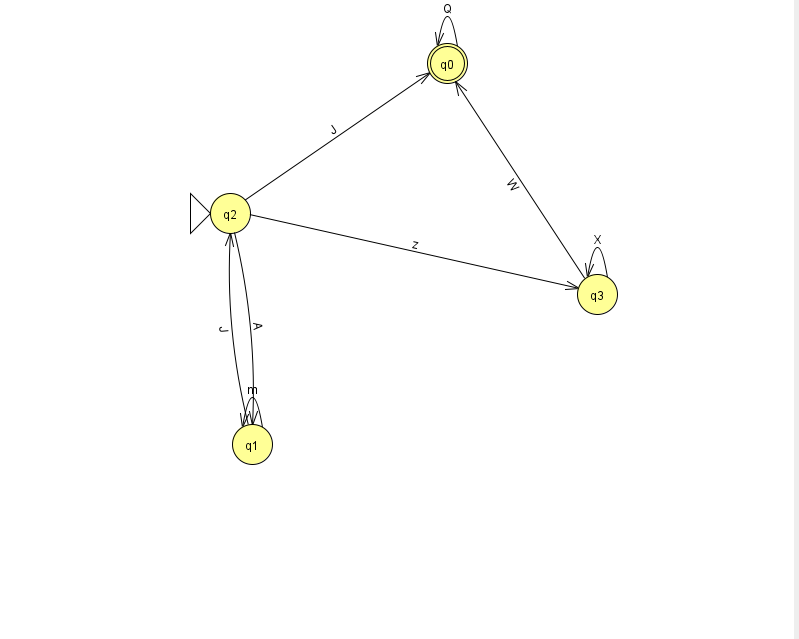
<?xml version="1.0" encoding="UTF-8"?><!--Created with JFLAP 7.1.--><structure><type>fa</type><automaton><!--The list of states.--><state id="0" name="q0"><x>447.0</x><y>50.0</y><final/></state><state id="1" name="q1"><x>252.0</x><y>431.0</y></state><state id="2" name="q2"><x>230.0</x><y>200.0</y><initial/></state><state id="3" name="q3"><x>597.0</x><y>281.0</y></state><!--The list of transitions.--><transition><from>3</from><to>0</to><read>W</read></transition><transition><from>0</from><to>0</to><read>Q</read></transition><transition><from>2</from><to>1</to><read>A</read></transition><transition><from>2</from><to>3</to><read>z</read></transition><transition><from>3</from><to>3</to><read>X</read></transition><transition><from>1</from><to>1</to><read>m</read></transition><transition><from>1</from><to>2</to><read>J</read></transition><transition><from>2</from><to>0</to><read>J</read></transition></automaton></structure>